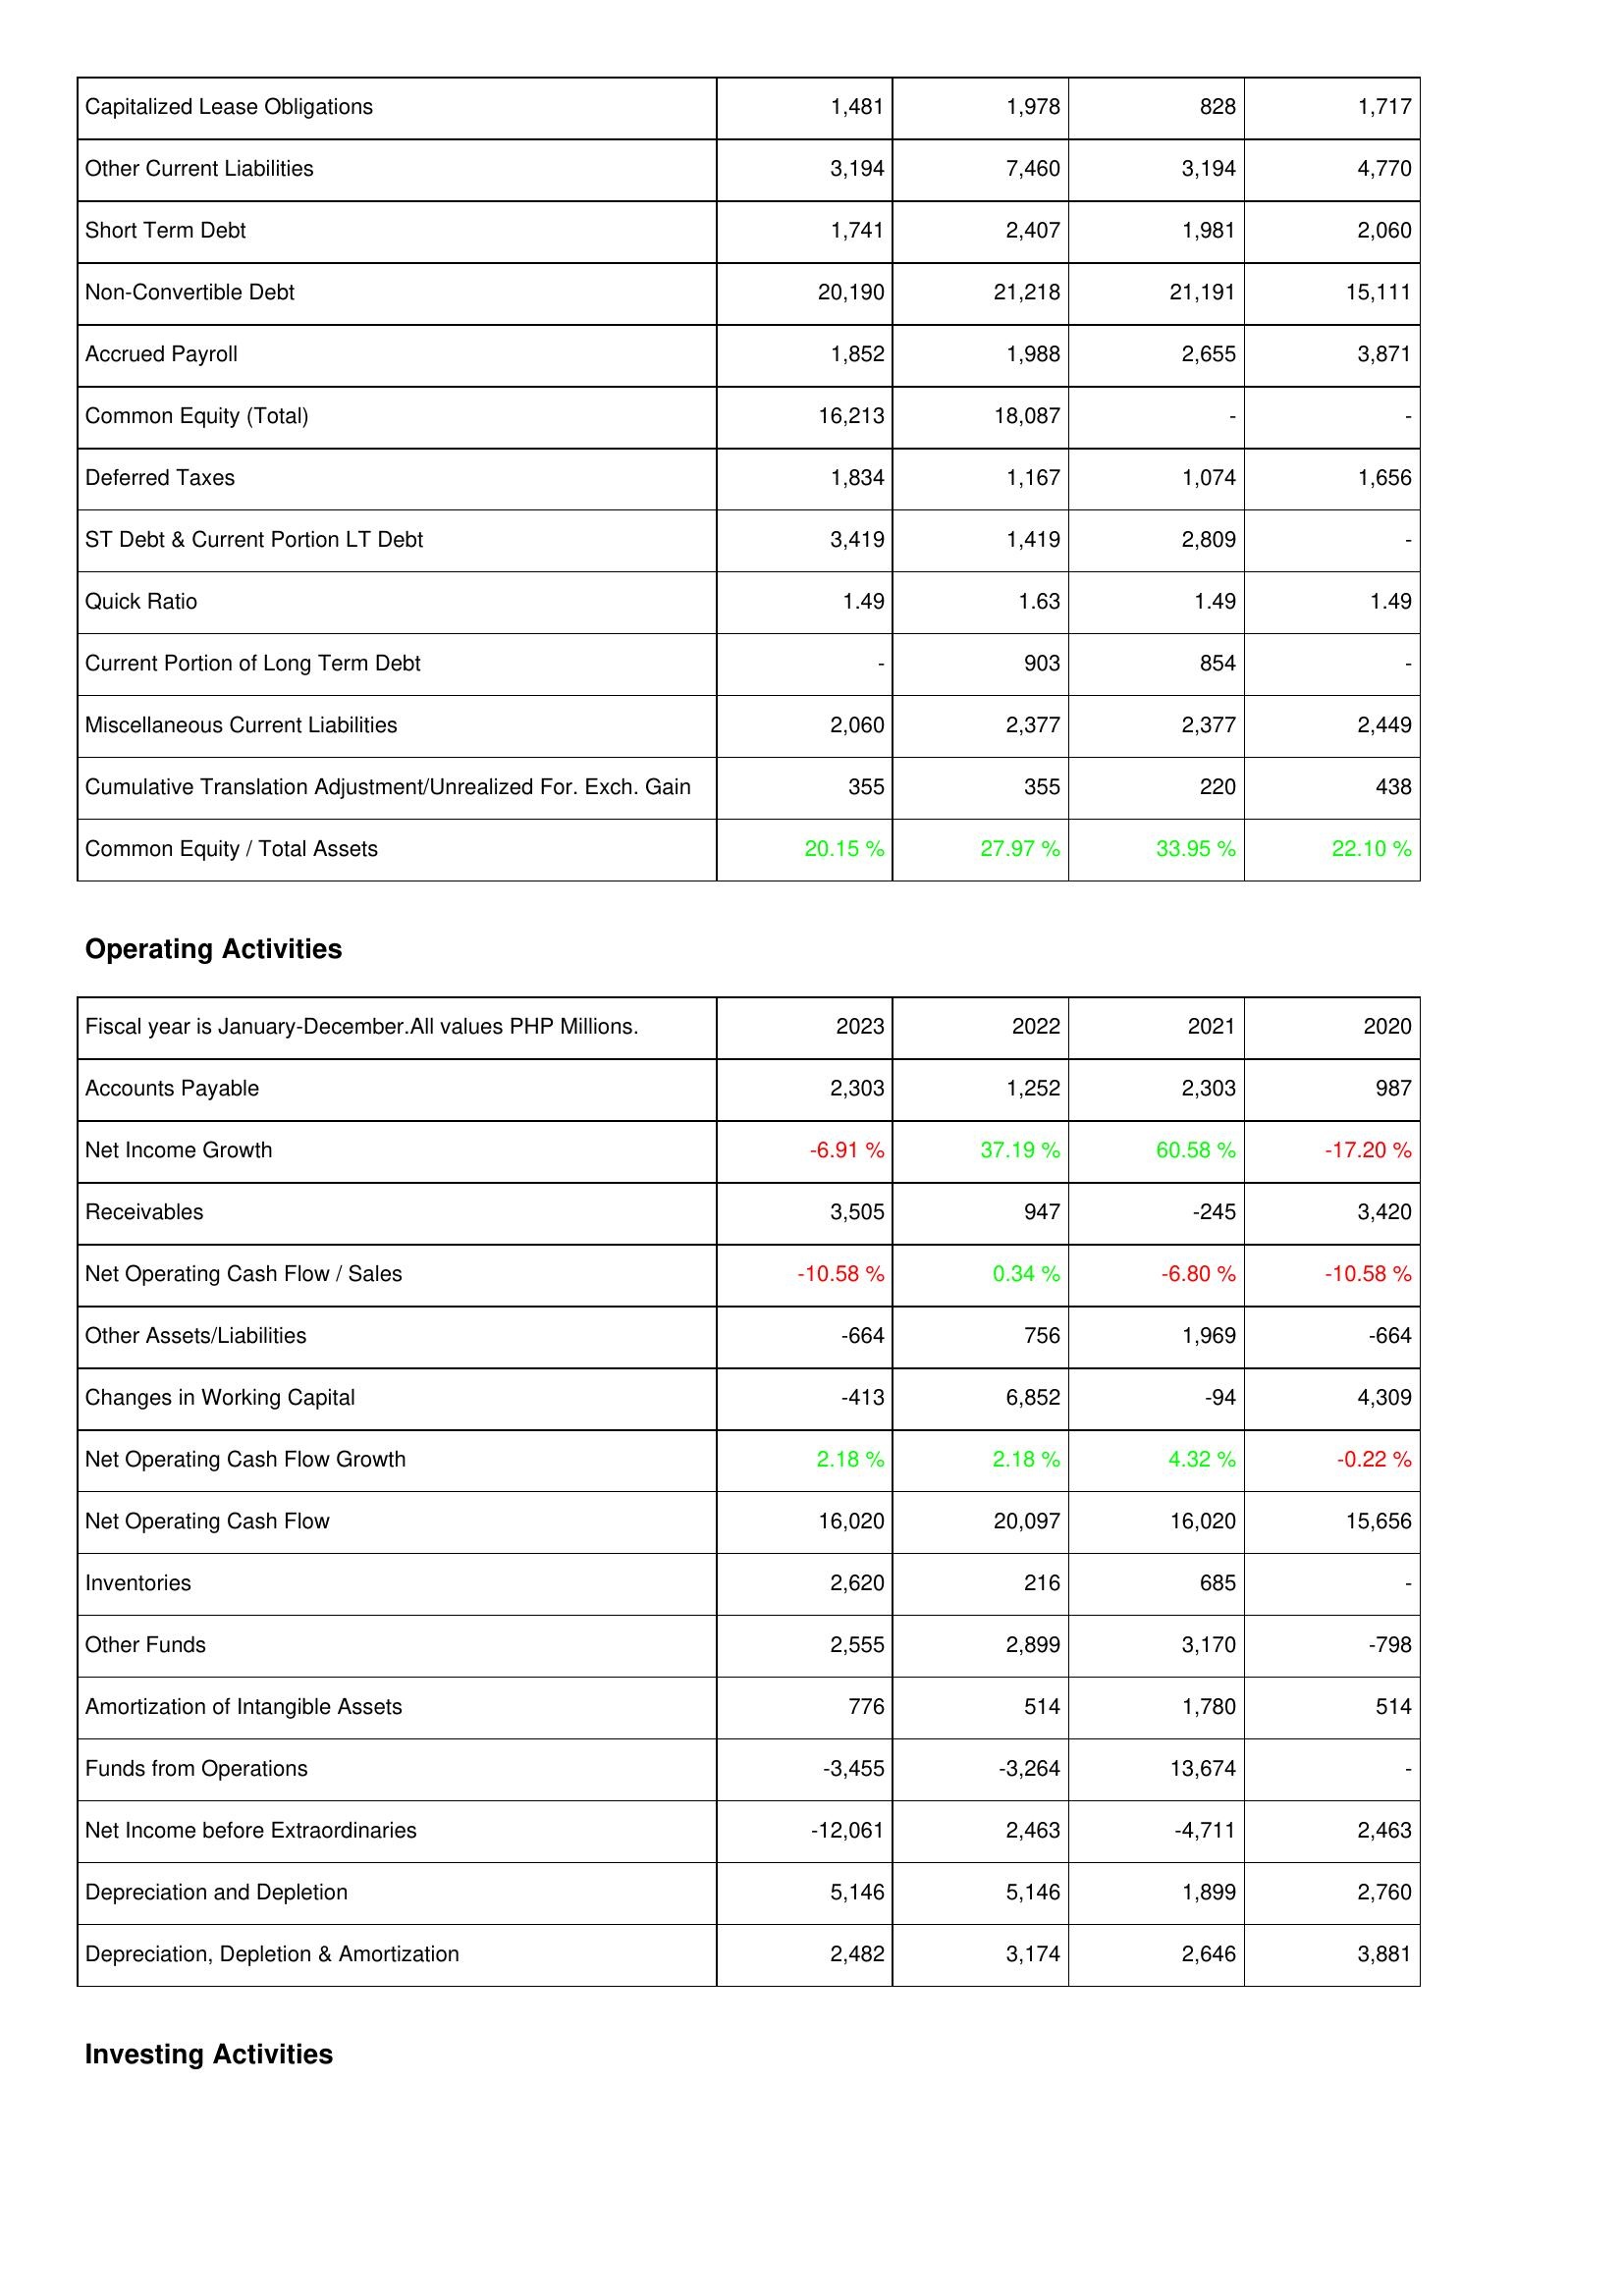
2023: Liabilities & Shareholders' Equity: Capitalized Lease Obligations: 1,481
Other Current Liabilities: 3,194
Short Term Debt: 1,741
Non-Convertible Debt: 20,190
Accrued Payroll: 1,852
Common Equity (Total): 16,213
Deferred Taxes: 1,834
ST Debt & Current Portion LT Debt: 3,419
Quick Ratio: 1.49
Current Portion of Long Term Debt: -
Miscellaneous Current Liabilities: 2,060
Cumulative Translation Adjustment/Unrealized For. Exch. Gain: 355
Common Equity / Total Assets: 20.15 %
Operating Activities: Accounts Payable: 2,303
Net Income Growth: -6.91 %
Receivables: 3,505
Net Operating Cash Flow / Sales: -10.58 %
Other Assets/Liabilities: -664
Changes in Working Capital: -413
Net Operating Cash Flow Growth: 2.18 %
Net Operating Cash Flow: 16,020
Inventories: 2,620
Other Funds: 2,555
Amortization of Intangible Assets: 776
Funds from Operations: -3,455
Net Income before Extraordinaries: -12,061
Depreciation and Depletion: 5,146
Depreciation, Depletion & Amortization: 2,482
2022: Liabilities & Shareholders' Equity: Capitalized Lease Obligations: 1,978
Other Current Liabilities: 7,460
Short Term Debt: 2,407
Non-Convertible Debt: 21,218
Accrued Payroll: 1,988
Common Equity (Total): 18,087
Deferred Taxes: 1,167
ST Debt & Current Portion LT Debt: 1,419
Quick Ratio: 1.63
Current Portion of Long Term Debt: 903
Miscellaneous Current Liabilities: 2,377
Cumulative Translation Adjustment/Unrealized For. Exch. Gain: 355
Common Equity / Total Assets: 27.97 %
Operating Activities: Accounts Payable: 1,252
Net Income Growth: 37.19 %
Receivables: 947
Net Operating Cash Flow / Sales: 0.34 %
Other Assets/Liabilities: 756
Changes in Working Capital: 6,852
Net Operating Cash Flow Growth: 2.18 %
Net Operating Cash Flow: 20,097
Inventories: 216
Other Funds: 2,899
Amortization of Intangible Assets: 514
Funds from Operations: -3,264
Net Income before Extraordinaries: 2,463
Depreciation and Depletion: 5,146
Depreciation, Depletion & Amortization: 3,174
2021: Liabilities & Shareholders' Equity: Capitalized Lease Obligations: 828
Other Current Liabilities: 3,194
Short Term Debt: 1,981
Non-Convertible Debt: 21,191
Accrued Payroll: 2,655
Common Equity (Total): -
Deferred Taxes: 1,074
ST Debt & Current Portion LT Debt: 2,809
Quick Ratio: 1.49
Current Portion of Long Term Debt: 854
Miscellaneous Current Liabilities: 2,377
Cumulative Translation Adjustment/Unrealized For. Exch. Gain: 220
Common Equity / Total Assets: 33.95 %
Operating Activities: Accounts Payable: 2,303
Net Income Growth: 60.58 %
Receivables: -245
Net Operating Cash Flow / Sales: -6.80 %
Other Assets/Liabilities: 1,969
Changes in Working Capital: -94
Net Operating Cash Flow Growth: 4.32 %
Net Operating Cash Flow: 16,020
Inventories: 685
Other Funds: 3,170
Amortization of Intangible Assets: 1,780
Funds from Operations: 13,674
Net Income before Extraordinaries: -4,711
Depreciation and Depletion: 1,899
Depreciation, Depletion & Amortization: 2,646
2020: Liabilities & Shareholders' Equity: Capitalized Lease Obligations: 1,717
Other Current Liabilities: 4,770
Short Term Debt: 2,060
Non-Convertible Debt: 15,111
Accrued Payroll: 3,871
Common Equity (Total): -
Deferred Taxes: 1,656
ST Debt & Current Portion LT Debt: -
Quick Ratio: 1.49
Current Portion of Long Term Debt: -
Miscellaneous Current Liabilities: 2,449
Cumulative Translation Adjustment/Unrealized For. Exch. Gain: 438
Common Equity / Total Assets: 22.10 %
Operating Activities: Accounts Payable: 987
Net Income Growth: -17.20 %
Receivables: 3,420
Net Operating Cash Flow / Sales: -10.58 %
Other Assets/Liabilities: -664
Changes in Working Capital: 4,309
Net Operating Cash Flow Growth: -0.22 %
Net Operating Cash Flow: 15,656
Inventories: -
Other Funds: -798
Amortization of Intangible Assets: 514
Funds from Operations: -
Net Income before Extraordinaries: 2,463
Depreciation and Depletion: 2,760
Depreciation, Depletion & Amortization: 3,881